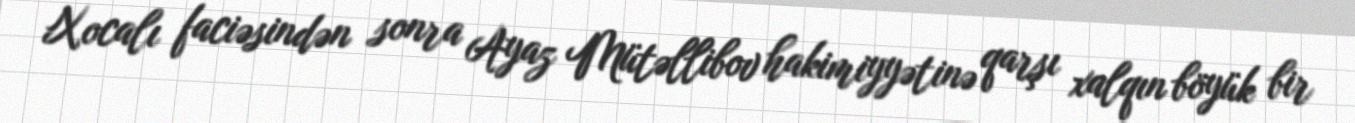
Xocalı faciəsindən sonra Ayaz Mütəllibov hakimiyyətinə qarşı xalqın böyük bir